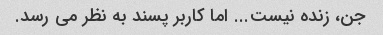
جن، زنده نیست... اما کاربر پسند به نظر می رسد.